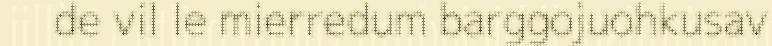
de vil le mierredum barggojuohkusav